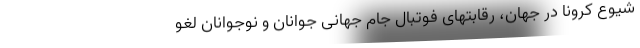
شیوع کرونا در جهان، رقابتهای فوتبال جام جهانی جوانان و نوجوانان لغو